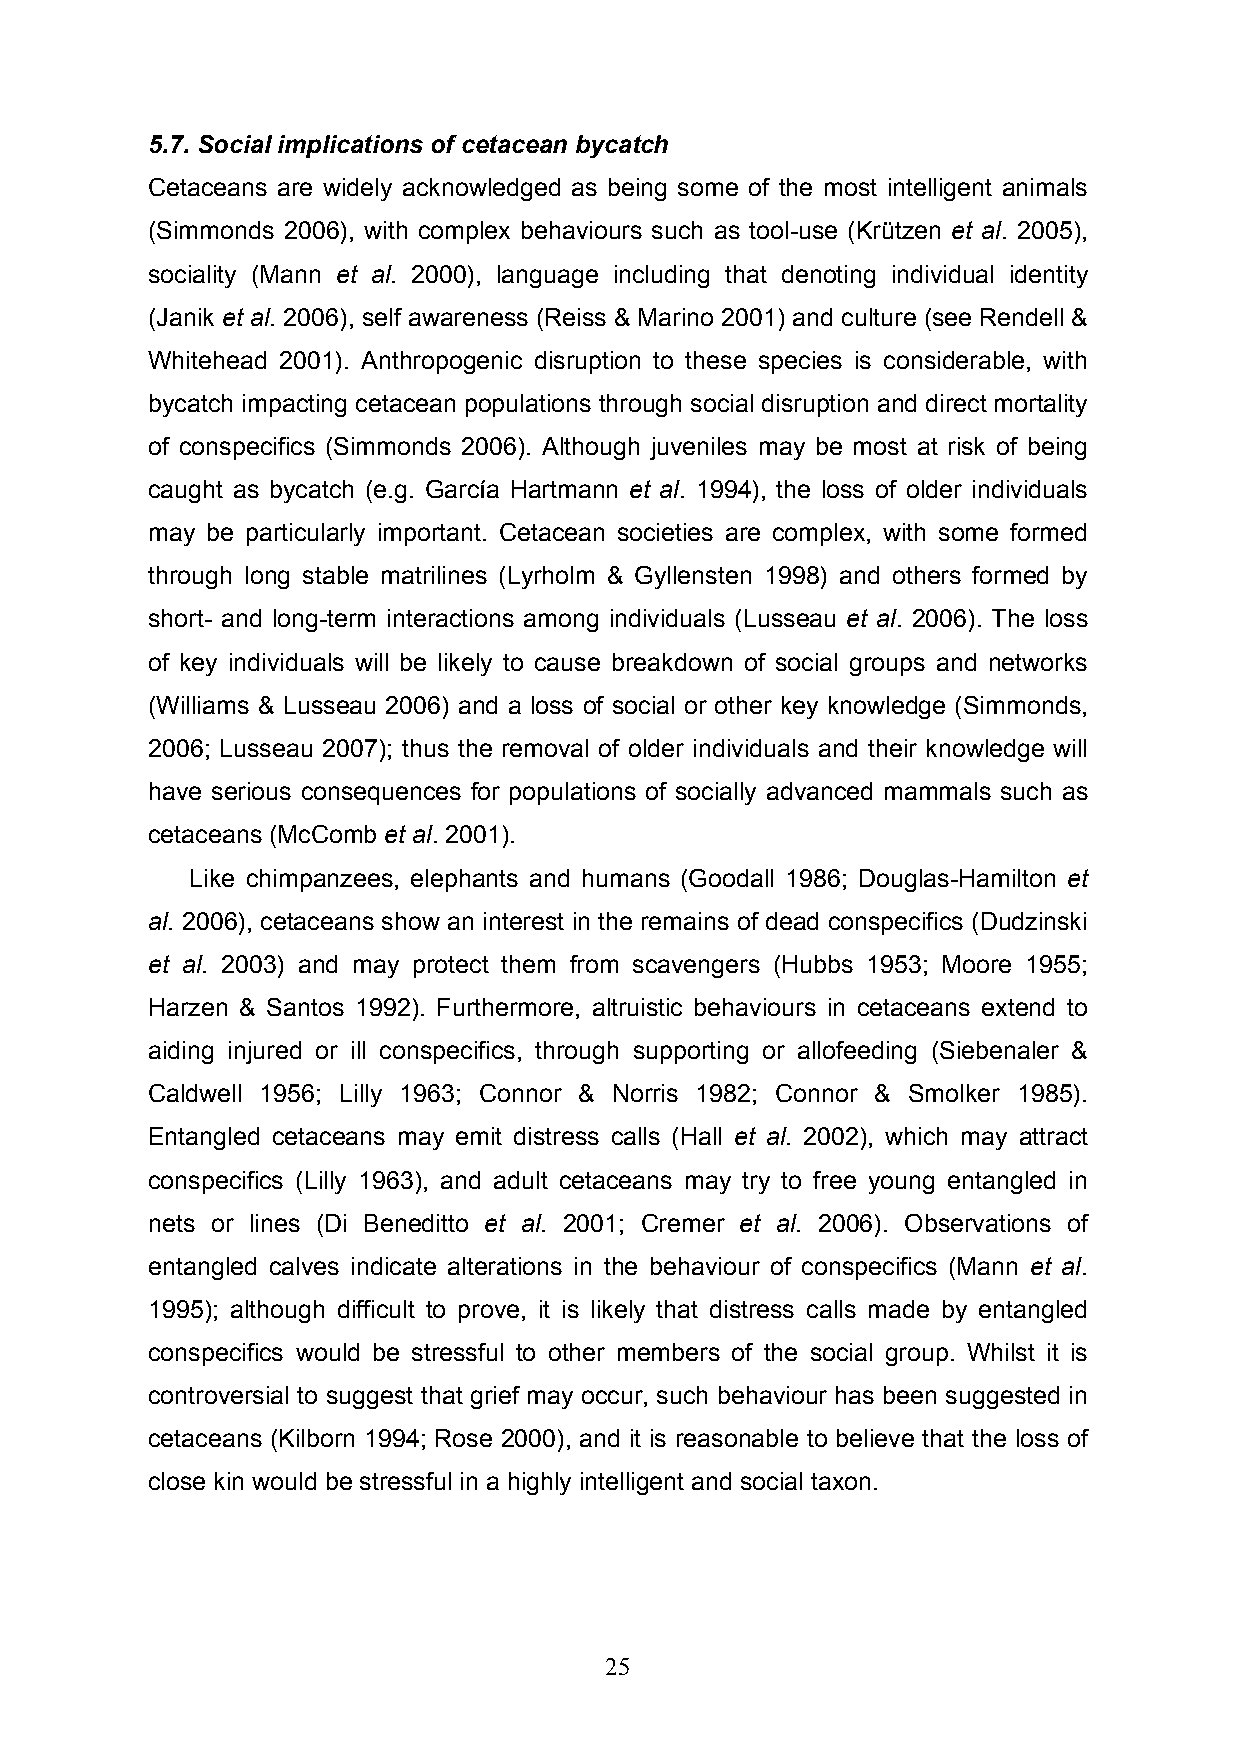
5.7. Social implications of cetacean bycatch
 Cetaceans are widely acknowledged as being some of the most intelligent animals
 (Simmonds 2006), with complex behaviours such as tool-use (Krützen et al. 2005),
 sociality (Mann et al. 2000), language including that denoting individual identity
 (Janik et al. 2006), self awareness (Reiss & Marino 2001) and culture (see Rendell &
 Whitehead 2001). Anthropogenic disruption to these species is considerable, with
 bycatch impacting cetacean populations through social disruption and direct mortality
 of conspecifics (Simmonds 2006). Although juveniles may be most at risk of being
 caught as bycatch (e.g. García Hartmann et al. 1994), the loss of older individuals
 may be particularly important. Cetacean societies are complex, with some formed
 through long stable matrilines (Lyrholm & Gyllensten 1998) and others formed by
 short- and long-term interactions among individuals (Lusseau et al. 2006). The loss
 of key individuals will be likely to cause breakdown of social groups and networks
 (Williams & Lusseau 2006) and a loss of social or other key knowledge (Simmonds,
 2006; Lusseau 2007); thus the removal of older individuals and their knowledge will
 have serious consequences for populations of socially advanced mammals such as
 cetaceans (McComb et al. 2001).
 Like chimpanzees, elephants and humans (Goodall 1986; Douglas-Hamilton et
 al. 2006), cetaceans show an interest in the remains of dead conspecifics (Dudzinski
 et al. 2003) and may protect them from scavengers (Hubbs 1953; Moore 1955;
 Harzen & Santos 1992). Furthermore, altruistic behaviours in cetaceans extend to
 aiding injured or ill conspecifics, through supporting or allofeeding (Siebenaler &
 Caldwell 1956; Lilly 1963; Connor & Norris 1982; Connor & Smolker 1985).
 Entangled cetaceans may emit distress calls (Hall et al. 2002), which may attract
 conspecifics (Lilly 1963), and adult cetaceans may try to free young entangled in
 nets or lines (Di Beneditto et al. 2001; Cremer et al. 2006). Observations of
 entangled calves indicate alterations in the behaviour of conspecifics (Mann et al.
 1995); although difficult to prove, it is likely that distress calls made by entangled
 conspecifics would be stressful to other members of the social group. Whilst it is
 controversial to suggest that grief may occur, such behaviour has been suggested in
 cetaceans (Kilborn 1994; Rose 2000), and it is reasonable to believe that the loss of
 close kin would be stressful in a highly intelligent and social taxon.
 25